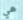
هي